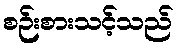
စဉ်းစားသင့်သည်